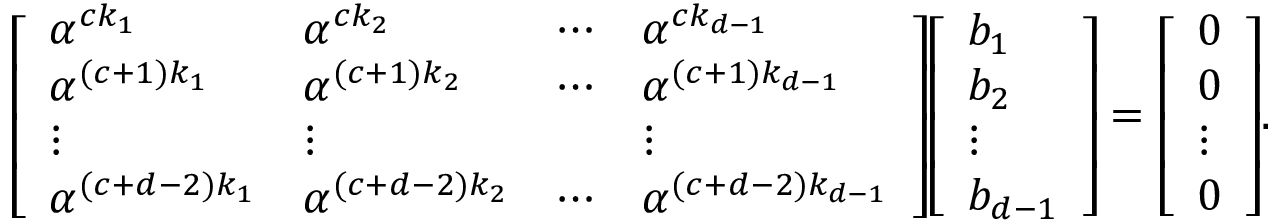
{ \left[ \begin{array} { l l l l } { \alpha ^ { c k _ { 1 } } } & { \alpha ^ { c k _ { 2 } } } & { \cdots } & { \alpha ^ { c k _ { d - 1 } } } \\ { \alpha ^ { ( c + 1 ) k _ { 1 } } } & { \alpha ^ { ( c + 1 ) k _ { 2 } } } & { \cdots } & { \alpha ^ { ( c + 1 ) k _ { d - 1 } } } \\ { \vdots } & { \vdots } & & { \vdots } \\ { \alpha ^ { ( c + d - 2 ) k _ { 1 } } } & { \alpha ^ { ( c + d - 2 ) k _ { 2 } } } & { \cdots } & { \alpha ^ { ( c + d - 2 ) k _ { d - 1 } } } \end{array} \right] } { \left[ \begin{array} { l } { b _ { 1 } } \\ { b _ { 2 } } \\ { \vdots } \\ { b _ { d - 1 } } \end{array} \right] } = { \left[ \begin{array} { l } { 0 } \\ { 0 } \\ { \vdots } \\ { 0 } \end{array} \right] } .